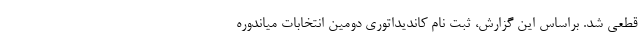
قطعی شد. براساس این گزارش، ثبت نام کاندیداتوری دومین انتخابات میاندوره